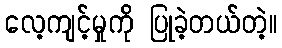
လေ့ကျင့်မှုကို ပြုခဲ့တယ်တဲ့။